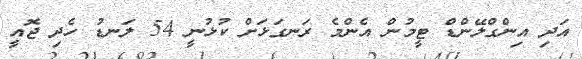
އަދި އިންގްލޭންޑް ޓީމުން އެންމެ ރަނގަޅަށް ކުޅުނީ 54 ލަނޑު ހެދި ޖޮއީ